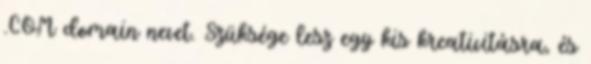
.COM domain nevet. Szüksége lesz egy kis kreativitásra, és